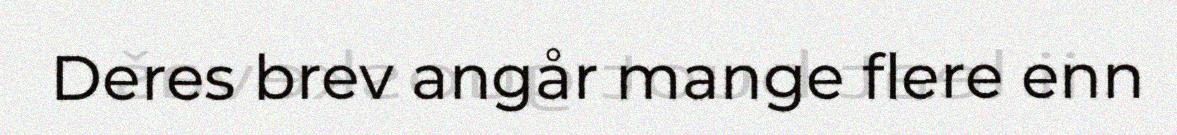
Deres brev angår mange flere enn